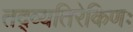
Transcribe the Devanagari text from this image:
तद्व्यतिरेकिणः